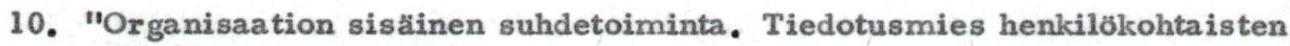
10. "Organisaation sisäinen suhdetoiminta. Tiedotusmies henkilökohtaisten